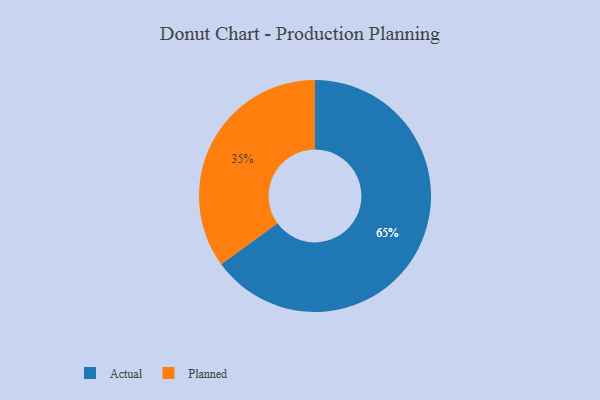
{"axis": {"x": "Category", "y": "Percentage"}, "legend": ["Actual", "Planned"], "data": [{"x": "Actual", "y": 65, "type": "Actual"}, {"x": "Planned", "y": 35, "type": "Planned"}]}